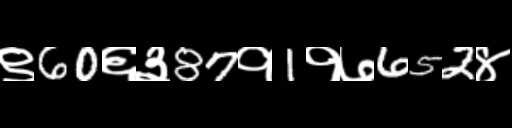
Text: ९60६३87१1१७652४